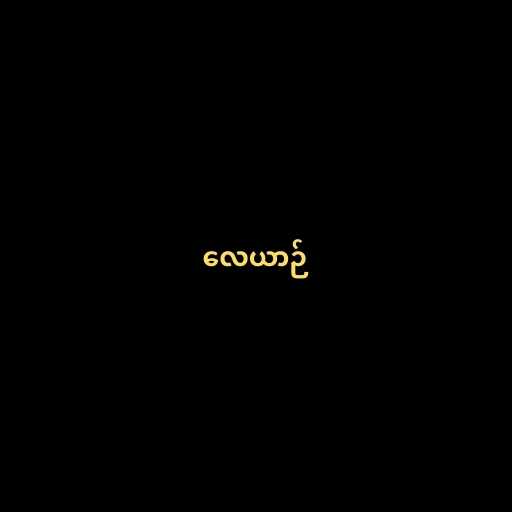
လေယာဉ်